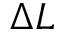
\Delta L